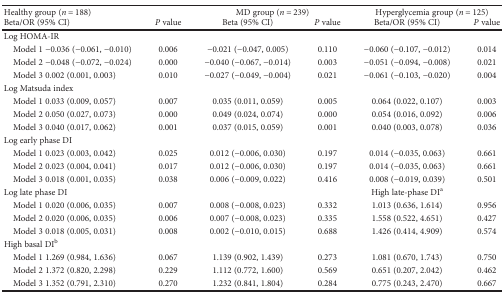
<table><thead><tr><td colspan="2"><b>Healthy group (<i>n</i> = 188)</b></td><td colspan="2"><b>MD group (<i>n</i> = 239)</b></td><td colspan="2"><b>Hyperglycemia group (<i>n</i> = 125)</b></td></tr><tr><td><b>Beta/OR (95% CI)</b></td><td><b><i>P</i> value</b></td><td><b>Beta (95% CI)</b></td><td><b><i>P</i> value</b></td><td><b>Beta/OR (95% CI)</b></td><td><b><i>P</i> value</b></td></tr></thead><tbody><tr><td colspan="6">Log HOMA-IR</td></tr><tr><td> Model 1 −0.036 (−0.061, −0.010)</td><td>0.006</td><td>−0.021 (−0.047, 0.005)</td><td>0.110</td><td>−0.060 (−0.107, −0.012)</td><td>0.014</td></tr><tr><td> Model 2 −0.048 (−0.072, −0.024)</td><td>0.000</td><td>−0.040 (−0.067, −0.014)</td><td>0.003</td><td>−0.051 (−0.094, −0.008)</td><td>0.021</td></tr><tr><td> Model 3 0.002 (0.001, 0.003)</td><td>0.010</td><td>−0.027 (−0.049, −0.004)</td><td>0.021</td><td>−0.061 (−0.103, −0.020)</td><td>0.004</td></tr><tr><td colspan="6">Log Matsuda index</td></tr><tr><td> Model 1 0.033 (0.009, 0.057)</td><td>0.007</td><td>0.035 (0.011, 0.059)</td><td>0.005</td><td>0.064 (0.022, 0.107)</td><td>0.003</td></tr><tr><td> Model 2 0.050 (0.027, 0.073)</td><td>0.000</td><td>0.049 (0.024, 0.074)</td><td>0.000</td><td>0.054 (0.016, 0.092)</td><td>0.006</td></tr><tr><td> Model 3 0.040 (0.017, 0.062)</td><td>0.001</td><td>0.037 (0.015, 0.059)</td><td>0.001</td><td>0.040 (0.003, 0.078)</td><td>0.036</td></tr><tr><td colspan="6">Log early phase DI</td></tr><tr><td> Model 1 0.023 (0.003, 0.042)</td><td>0.025</td><td>0.012 (−0.006, 0.030)</td><td>0.197</td><td>0.014 (−0.035, 0.063)</td><td>0.661</td></tr><tr><td> Model 2 0.023 (0.004, 0.041)</td><td>0.017</td><td>0.012 (−0.006, 0.030)</td><td>0.197</td><td>0.014 (−0.035, 0.063)</td><td>0.661</td></tr><tr><td> Model 3 0.018 (0.001, 0.035)</td><td>0.038</td><td>0.006 (−0.009, 0.022)</td><td>0.416</td><td>0.008 (−0.019, 0.039)</td><td>0.501</td></tr><tr><td>Log late phase DI</td><td></td><td></td><td></td><td>High late-phase DI<sup>a</sup></td><td></td></tr><tr><td> Model 1 0.020 (0.006, 0.035)</td><td>0.007</td><td>0.008 (−0.008, 0.023)</td><td>0.332</td><td>1.013 (0.636, 1.614)</td><td>0.956</td></tr><tr><td> Model 2 0.020 (0.006, 0.035)</td><td>0.006</td><td>0.007 (−0.008, 0.023)</td><td>0.335</td><td>1.558 (0.522, 4.651)</td><td>0.427</td></tr><tr><td> Model 3 0.018 (0.005, 0.031)</td><td>0.008</td><td>0.002 (−0.010, 0.015)</td><td>0.688</td><td>1.426 (0.414, 4.909)</td><td>0.574</td></tr><tr><td colspan="6">High basal DI<sup>b</sup></td></tr><tr><td> Model 1 1.269 (0.984, 1.636)</td><td>0.067</td><td>1.139 (0.902, 1.439)</td><td>0.273</td><td>1.081 (0.670, 1.743)</td><td>0.750</td></tr><tr><td> Model 2 1.372 (0.820, 2.298)</td><td>0.229</td><td>1.112 (0.772, 1.600)</td><td>0.569</td><td>0.651 (0.207, 2.042)</td><td>0.462</td></tr><tr><td> Model 3 1.352 (0.791, 2.310)</td><td>0.270</td><td>1.232 (0.841, 1.804)</td><td>0.284</td><td>0.775 (0.243, 2.470)</td><td>0.667</td></tr></tbody></table>